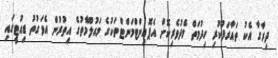
ދިރާގާ އެކު ތައާރަފުކުރި ހިދުމަތް މެދުވެރިކޮށް އެޕޮއިންޓްމަންޓްތަކުގެ މައުލޫމާތުގެ އިތުރުން އެވަގުތު ޑިއުޓީގައި